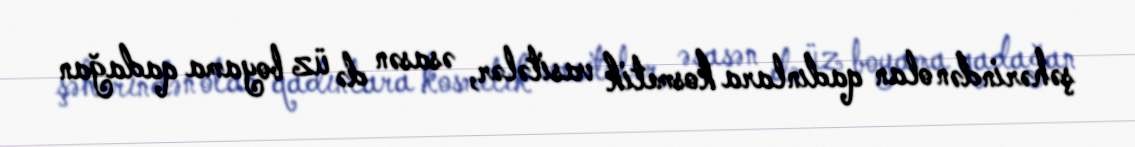
şəhərindən olan qadınlara kosmetik vasitələr, əsasən də üz boyama qadağan